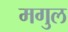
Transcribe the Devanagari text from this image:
मगुल